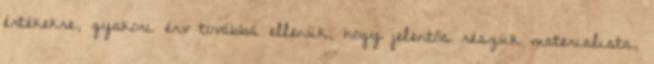
értékekre, gyakori érv továbbá ellenük, hogy jelentős részük materialista,